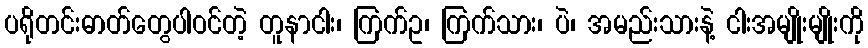
ပရိုတင်းဓာတ်တွေပါဝင်တဲ့ တူနာငါး၊ ကြက်ဥ၊ ကြက်သား၊ ပဲ၊ အမည်းသားနဲ့ ငါးအမျိုးမျိုးကို